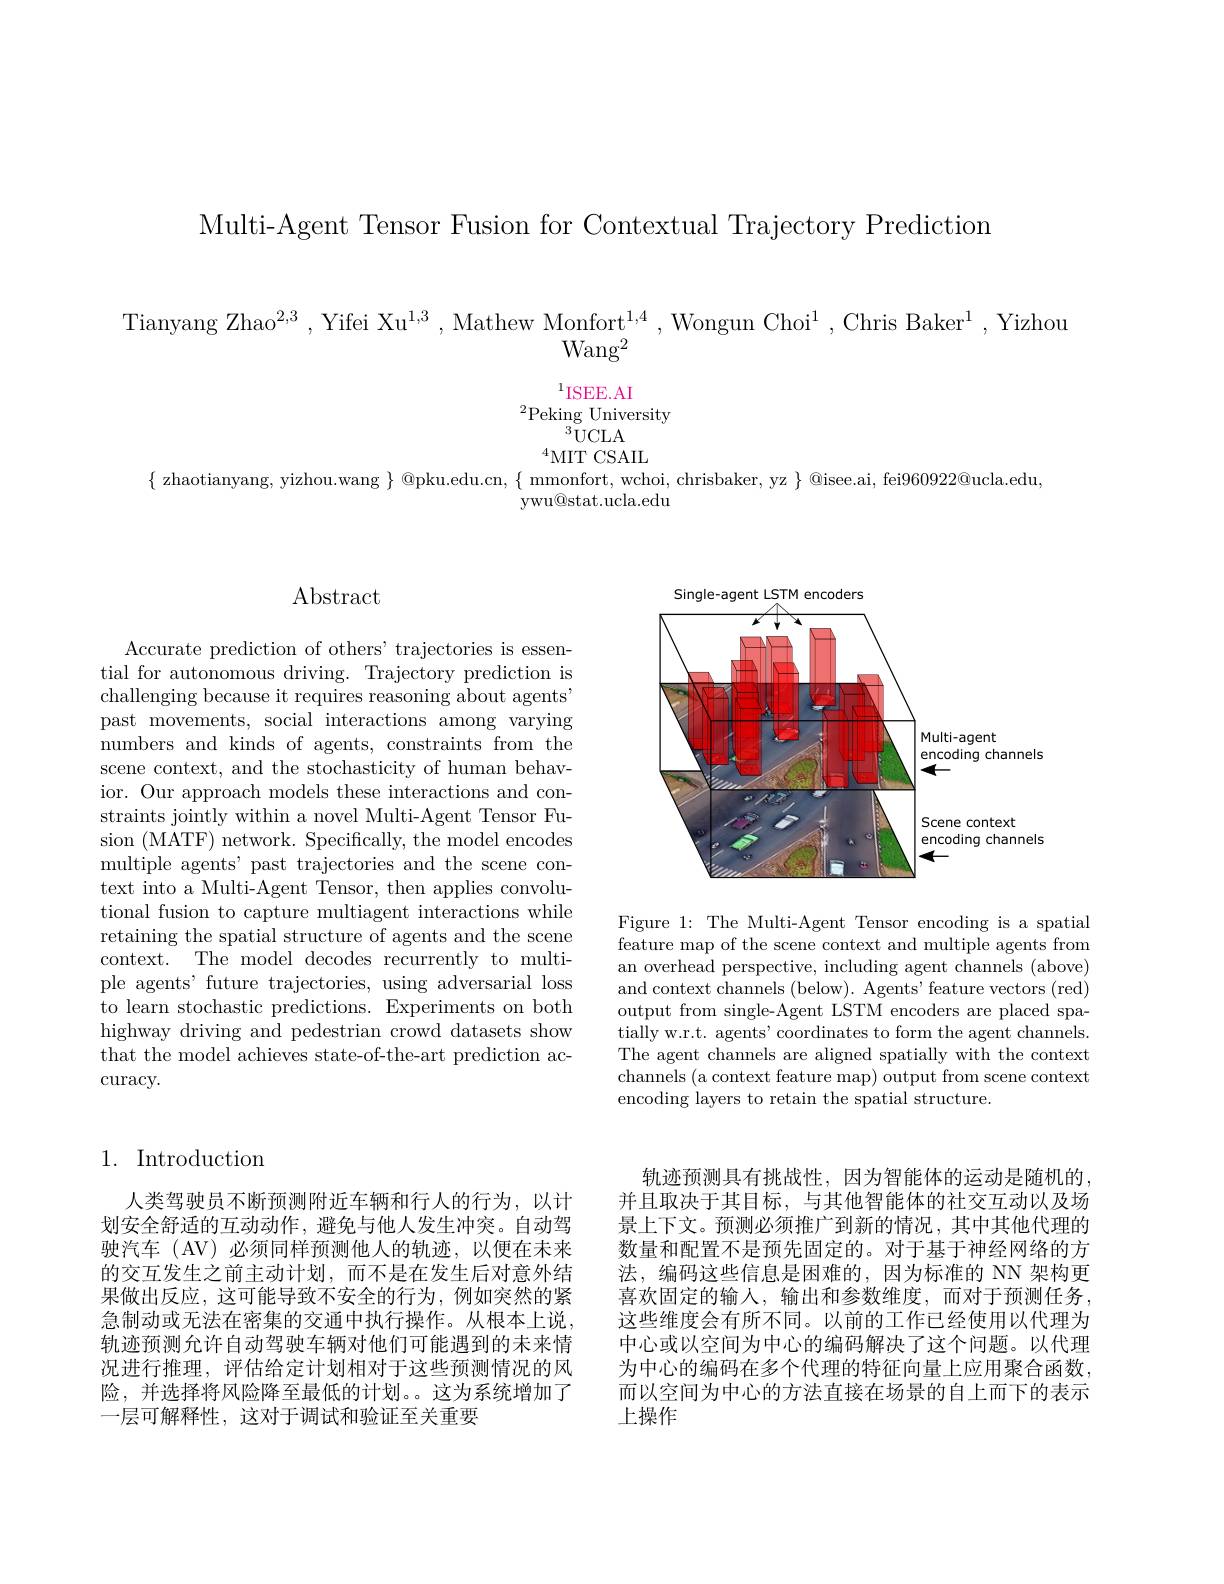
Multi-Agent Tensor Fusion for Contextual Trajectory Prediction

$\begin{array}{c}{\mathrm{Tianyang~Zhao^{2,3}~,~Yifei~Xu^{1,3}~,~Mathew~Monfort^{1,4}~,~Wongun~Choi^{1}~,~Chris~Baker^{1}~,~Yizhou}}\\{\mathrm{Wang^{2}}}\end{array}$
$$^1\mathrm{ISEE.AI}\\^2\mathrm{Peking~University}\\^3\mathrm{UCLA}\\^4\mathrm{MIT~CSAIL}$$
$\{$ zhaotianyang, yizhou.wang $\}$ @pku.edu.cn, $\{$ mmonfort, wchoi, chrisbaker, yz $\}$ @isee.ai, fei960922@ucla.edu,
ywu@stat.ucla.edu

## Abstract

Accurate prediction of others' trajectories is essential for autonomous driving. Trajectory prediction is challenging because it requires reasoning about agents" past movements, social interactions among varying numbers and kinds of agents, constraints from the scene context, and the stochasticity of human behavior. Our approach models these interactions and constraints jointly within a novel Multi-Agent Tensor Fusion (MATF) network. Specifically, the model encodes multiple agents' past trajectories and the scene context into a Multi-Agent Tensor, then applies convolutional fusion to capture multiagent interactions while retaining the spatial structure of agents and the scene context. The model decodes recurrently to multiple agents' future trajectories, using adversarial loss to learn stochastic predictions. Experiments on both highway driving and pedestrian crowd datasets show that the model achieves state-of-the-art prediction ac- $\operatorname{curacy.}$

<FigureHere>

Figure 1: The Multi-Agent Tensor encoding is a spatial feature map of the scene context and multiple agents from an overhead perspective, including agent channels (above) and context channels (below). Agents' feature vectors (red) output from single-Agent LSTM encoders are placed spatially w.r.t. agents' coordinates to form the agent channels The agent channels are aligned spatially with the context channels (a context feature map) output from scene context encoding layers to retain the spatial structure.

## 1. Introduction

人类驾驶员不断预测附近车辆和行人的行为，以计划安全舒适的互动动作，避免与他人发生冲突。自动驾驶汽车 (AV) 必须同样预测他人的轨迹，以便在未来的交互发生之前主动计划，而不是在发生后对意外结果做出反应，这可能导致不安全的行为，例如突然的紧急制动或无法在密集的交通中执行操作。从根本上说， 轨迹预测允许自动驾驶车辆对他们可能遇到的未来情况进行推理，评估给定计划相对于这些预测情况的风险，并选择将风险降至最低的计划。。这为系统增加了一层可解释性，这对于调试和验证至关重要

轨迹预测具有挑战性，因为智能体的运动是随机的并且取决于其目标，与其他智能体的社交互动以及场景上下文。预测必须推广到新的情况，其中其他代理的数量和配置不是预先固定的。对于基于神经网络的方法，编码这些信息是困难的，因为标准的 NN 架构更喜欢固定的输入，输出和参数维度，而对于预测任务， 这些维度会有所不同。以前的工作已经使用以代理为中心或以空间为中心的编码解决了这个问题。以代理为中心的编码在多个代理的特征向量上应用聚合函数， 而以空间为中心的方法直接在场景的自上而下的表示上操作